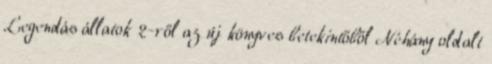
Legendás állatok 2-ről az új könyves betekintőből Néhány oldalt